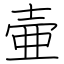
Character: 壷